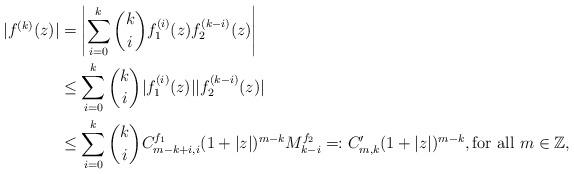
LaTeX: \begin{align*}|f^{(k)}(z)|&=\left|\sum_{i=0}^k \binom{k}{i}f_1^{(i)}(z)f_2^{(k-i)}(z)\right|\\&\leq \sum_{i=0}^k \binom{k}{i}|f_1^{(i)}(z)||f_2^{(k-i)}(z)|\\&\leq \sum_{i=0}^k \binom{k}{i} C^{f_1}_{m-k+i,i}(1+|z|)^{m-k}M^{f_2}_{k-i}=:C'_{m,k}(1+|z|)^{m-k},\mbox{for all}~m\in\mathbb{Z},\end{align*}